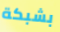
بشبكة